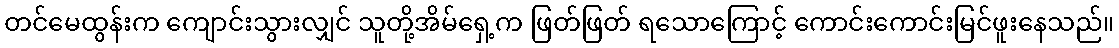
တင်မေထွန်းက ကျောင်းသွားလျှင် သူတို့အိမ်ရှေ့က ဖြတ်ဖြတ် ရသောကြောင့် ကောင်းကောင်းမြင်ဖူးနေသည်။